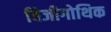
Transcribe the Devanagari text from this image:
विजीगोथिक